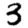
Digit: 3